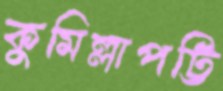
কুমিল্লাপট্টি